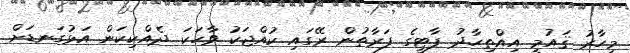
މިހާރު ޤައުމީ އިއްތިހާދު ޕާޓީގެ ފަރާތުން ރޭގައި ކުއްޖަކު ވާހަކަ ދެއްކިކަން އަޅުގަނޑަށް